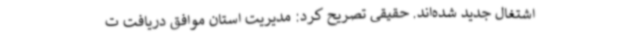
اشتغال جدید شده‌اند. حقیقی تصریح کرد: مدیریت استان موافق دریافت ت